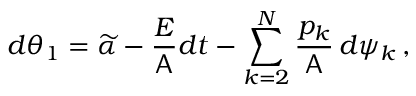
d \theta _ { 1 } = \widetilde { \alpha } - \frac { E } { \mathsf { A } } d t - \sum _ { k = 2 } ^ { N } \frac { p _ { k } } { \mathsf { A } } \, d \psi _ { k } \, ,